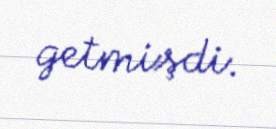
getmişdi.